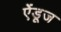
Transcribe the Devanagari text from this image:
ऐंडूज